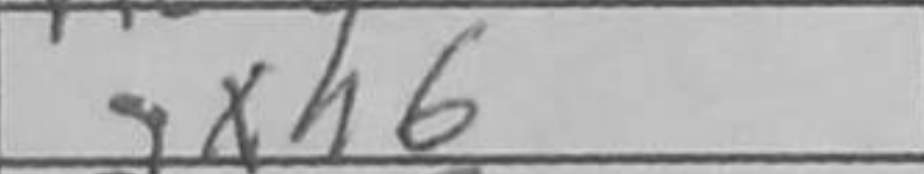
Transcription: gxh6